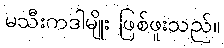
မသီးကဒါမျိုး ဖြစ်ဖူးသည်။